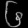
Digit: ၆